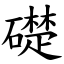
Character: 礎